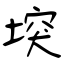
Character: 堗